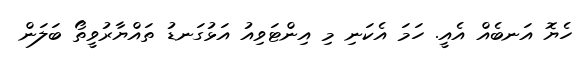
ހެޔޮ އަނބެއް އެއީ. ހަމަ އެކަނި މި އިންޓަވިއު އަޅުގަނޑު ތައްޔާރުވީތޯ ބަލަން